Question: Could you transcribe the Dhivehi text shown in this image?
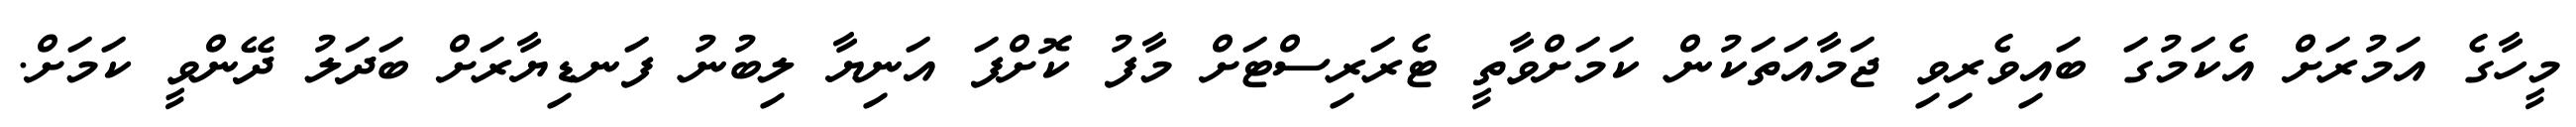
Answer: މީހާގެ އަމުރަށް އެކަމުގަ ބައިވެރިވި ޖަމާއަތަކުން ކަމަށްވާތީ ޓެރަރިސްޓަށް މާފު ކޮށްފަ އަނިޔާ ލިބުނު ފަނޑިޔާރަށް ބަދަލު ދޭންވީ ކަމަށް.